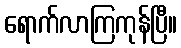
ရောက်လာကြကုန်ပြီ။